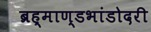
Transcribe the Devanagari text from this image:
ब्रह्माण्डभांडोदरी